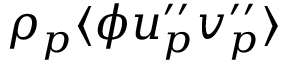
\rho _ { p } \langle \phi u _ { p } ^ { \prime \prime } v _ { p } ^ { \prime \prime } \rangle